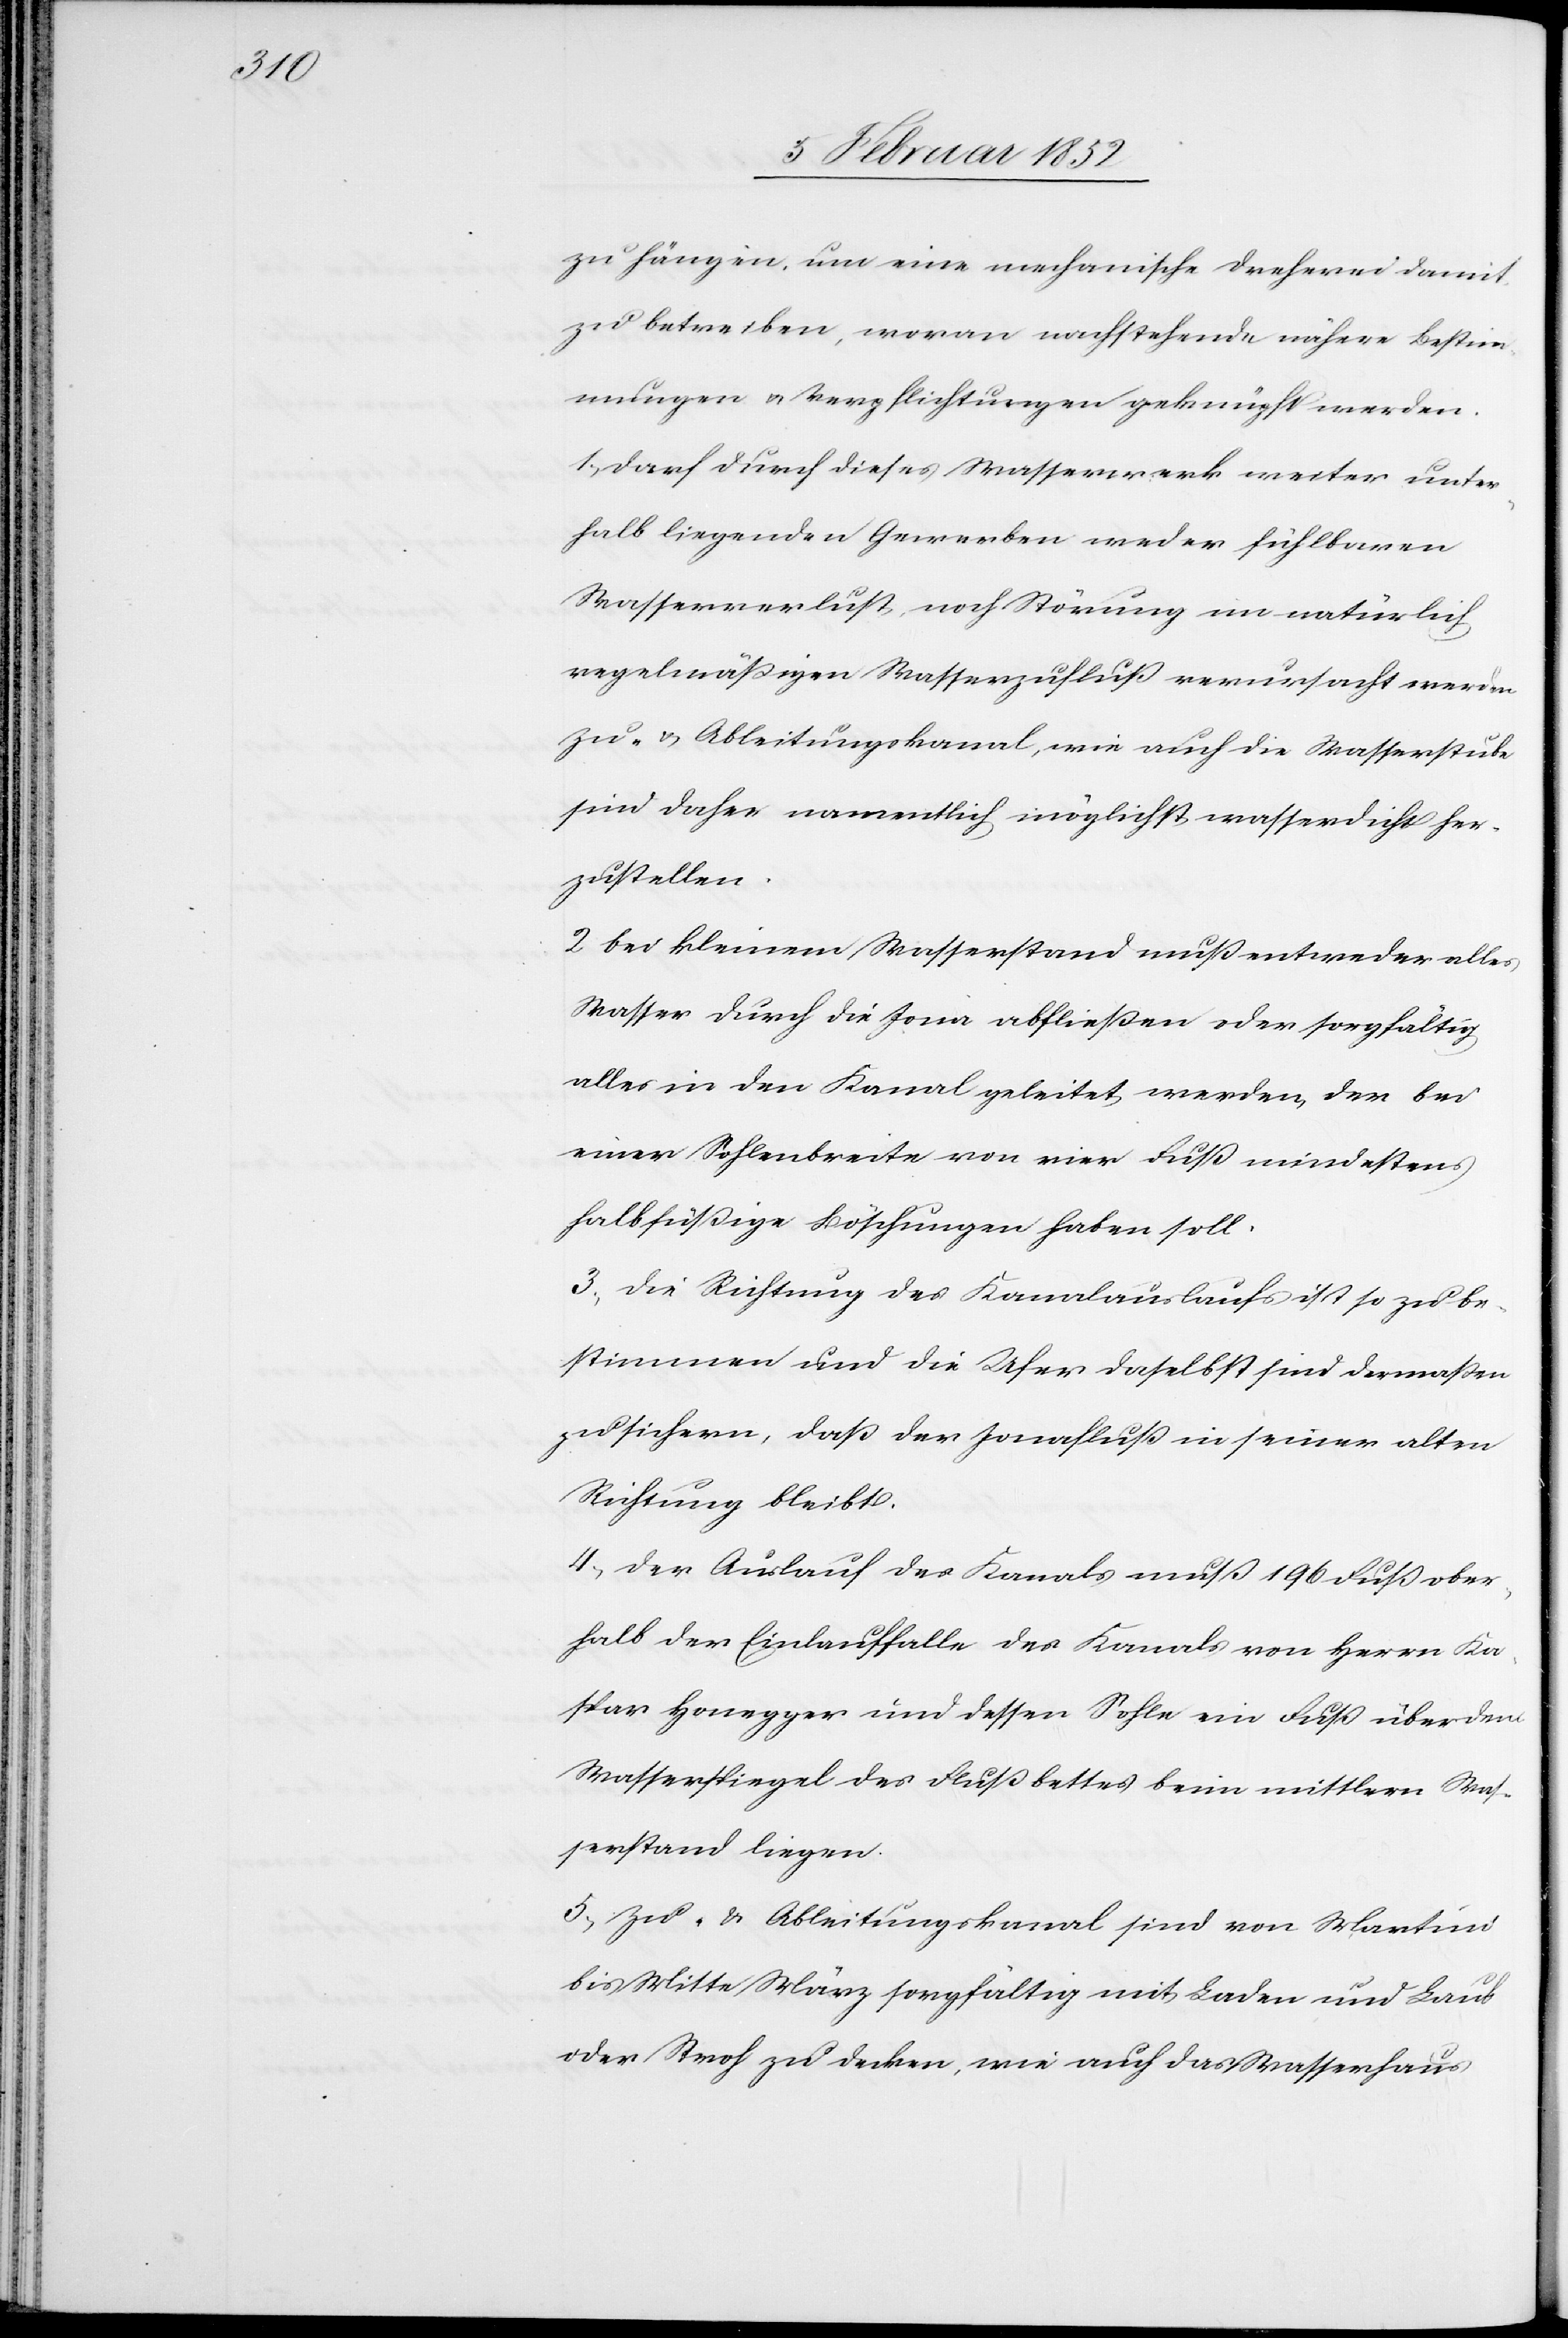
zu hängen, um eine mechanische Dreherei damit
zu betreiben, wovon nachstehende nähere Bestim¬
mungen u. Verpflichtungen geknüpft werden.
1.) Darf durch dieses Wasserrad weiter unter¬
halb liegenden Gewerben weder fühlbaren
Wasserverlust, noch Störung im natürlich
regelmäßigen Wasserzufluß verursacht werden
Zu- u. Ableitungskanal, wie auch die Wasserstube
sind daher namentlich möglichst wasserdicht her¬
zustellen.
2 Bei kleinem Wasserstand muß entweder alles
Wasser durch die Jona abfließen oder sorgfältig
alles in den Kanal geleitet werden, der bei
einer Sohlenbreite von vier Fuß mindestens
halbfüßige Löschungen haben soll.
3.) Die Richtung des Kanalauslaufs ist so zu be¬
stimmen und die Ufer daselbst sind dermaßen
zu sichern, daß der Jonafluß in seiner alten
Richtung bleibt.
4.) Der Auslauf des Kanals muß 196 Fuß ober¬
halb der Einlauffalle des Kanals von Herrn Ka¬
spar Honegger und dessen Sohle ein Fuß über dem
Wasserspiegel des Flußbettes beim mittlern Was¬
serstand liegen.
5.) Zu- u. Ableitungskanal sind von Martini
bis Mitte März sorgfältig mit Laden und Laub
oder Stroh zu decken, wie auch das Wasserhaus